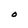
Character: O